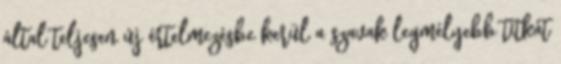
által teljesen új értelmezésbe kerül a szavak legmélyebb titkát